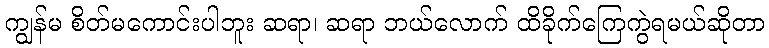
ကျွန်မ စိတ်မကောင်းပါဘူး ဆရာ၊ ဆရာ ဘယ်လောက် ထိခိုက်ကြေကွဲရမယ်ဆိုတာ